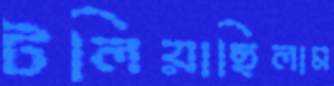
টলিয়াছিলাম